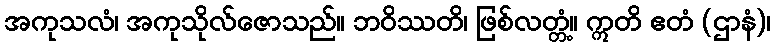
အကုသလံ၊ အကုသိုလ်ဇောသည်။ ဘဝိဿတိ၊ ဖြစ်လတ္တံ့။ ဣတိ ဧတံ (ဌာနံ)၊